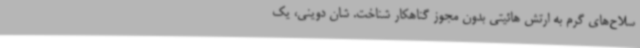
سلاح‌های گرم به ارتش هائیتی بدون مجوز گناهکار شناخت. شان دوینی، یک